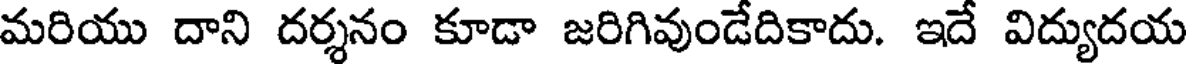
మరియు దాని దర్శనం కూడా జరిగివుండేదికాదు. ఇదే విద్యుదయ